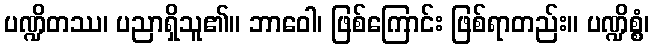
ပဏ္ဍိတဿ၊ ပညာရှိသူ၏။ ဘာဝေါ၊ ဖြစ်ကြောင်း ဖြစ်ရာတည်း။ ပဏ္ဍိစ္စံ၊